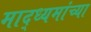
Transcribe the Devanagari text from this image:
माद्ध्यमांच्या